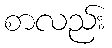
စာလည်း